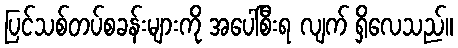
ပြင်သစ်တပ်စခန်းများကို အပေါ်စီးရ လျက် ရှိလေသည်။